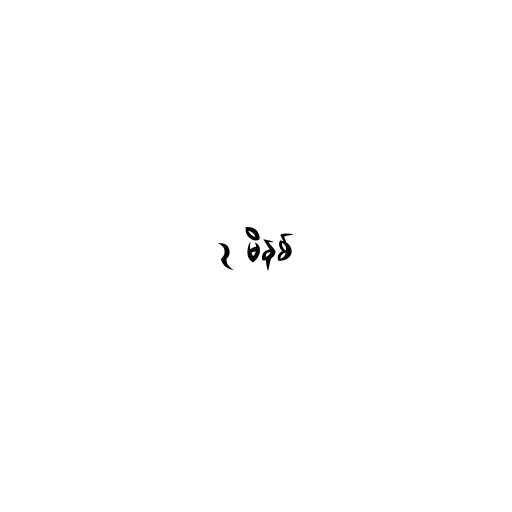
၃ မိနစ်